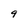
Character: 9